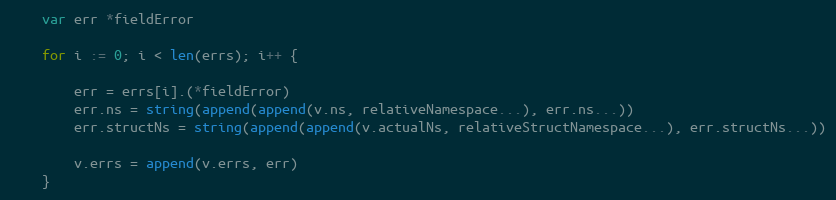
Language: Go
	var err *fieldError

	for i := 0; i < len(errs); i++ {

		err = errs[i].(*fieldError)
		err.ns = string(append(append(v.ns, relativeNamespace...), err.ns...))
		err.structNs = string(append(append(v.actualNs, relativeStructNamespace...), err.structNs...))

		v.errs = append(v.errs, err)
	}